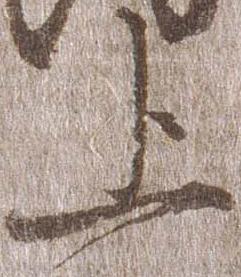
上